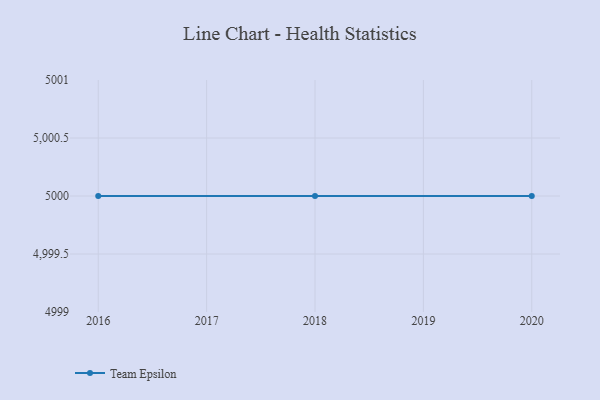
{"axis": {"x": "Year", "y": "Website Visitors"}, "legend": ["Team Epsilon"], "data": [{"x": "2020", "y": 5000, "type": "Team Epsilon"}, {"x": "2018", "y": 5000, "type": "Team Epsilon"}, {"x": "2016", "y": 5000, "type": "Team Epsilon"}]}